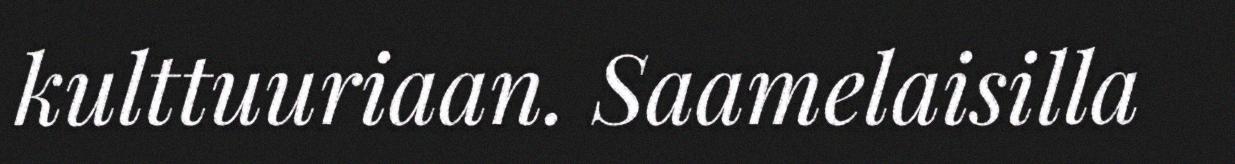
kulttuuriaan. Saamelaisilla